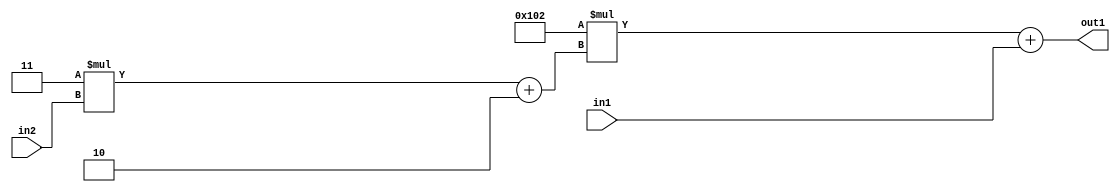
`timescale 1ps / 1ps
/*****************************************************************************
    Verilog RTL Description
    
    
    Created by: Stratus DpOpt 2019.1.01 
*******************************************************************************/

module DC_Filter_Add2u9Mul2i258Add2i2Mul2i3u2_1 (
	in2,
	in1,
	out1
	); /* architecture "behavioural" */ 
input [1:0] in2;
input [8:0] in1;
output [11:0] out1;
wire [11:0] asc001;
wire [3:0] asc002;

wire [3:0] asc002_tmp_0;
assign asc002_tmp_0 = 
	+(4'B0011 * in2);
assign asc002 = asc002_tmp_0
	+(4'B0010);

wire [11:0] asc001_tmp_1;
assign asc001_tmp_1 = 
	+(12'B000100000010 * asc002);
assign asc001 = asc001_tmp_1
	+(in1);

assign out1 = asc001;
endmodule

/* CADENCE  v7PwTAk= : u9/ySgnWtBlWxVPRXgAZ4Og= ** DO NOT EDIT THIS LINE ******/